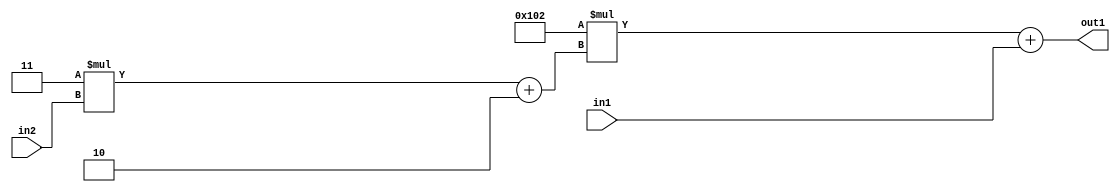
`timescale 1ps / 1ps
/*****************************************************************************
    Verilog RTL Description
    
    
    Created by: Stratus DpOpt 2019.1.01 
*******************************************************************************/

module DC_Filter_Add2u9Mul2i258Add2i2Mul2i3u2_1 (
	in2,
	in1,
	out1
	); /* architecture "behavioural" */ 
input [1:0] in2;
input [8:0] in1;
output [11:0] out1;
wire [11:0] asc001;
wire [3:0] asc002;

wire [3:0] asc002_tmp_0;
assign asc002_tmp_0 = 
	+(4'B0011 * in2);
assign asc002 = asc002_tmp_0
	+(4'B0010);

wire [11:0] asc001_tmp_1;
assign asc001_tmp_1 = 
	+(12'B000100000010 * asc002);
assign asc001 = asc001_tmp_1
	+(in1);

assign out1 = asc001;
endmodule

/* CADENCE  v7PwTAk= : u9/ySgnWtBlWxVPRXgAZ4Og= ** DO NOT EDIT THIS LINE ******/